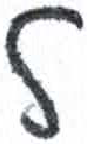
אות: ל